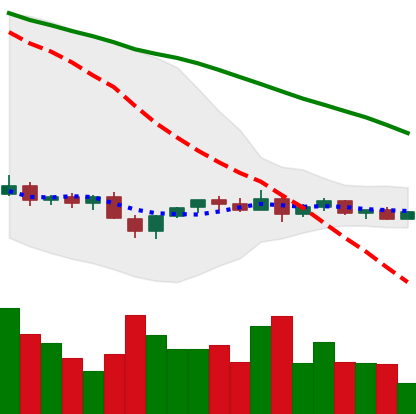
Ticker: XLM-USD
Chart end date: 2022-12-04
Forward return: -3.063%
Label: down_3_5